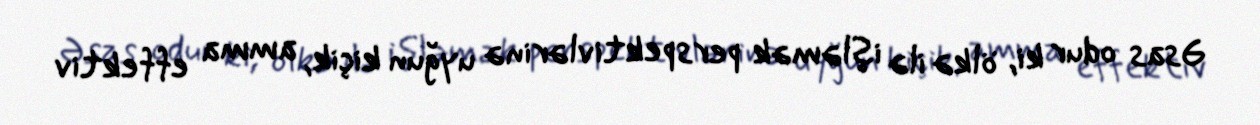
Əsas odur ki, ölkə ilə işləmək perspektivlərinə uyğun kiçik, amma effektiv